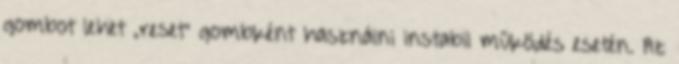
gombot lehet „reset” gombként használni instabil működés esetén. Az